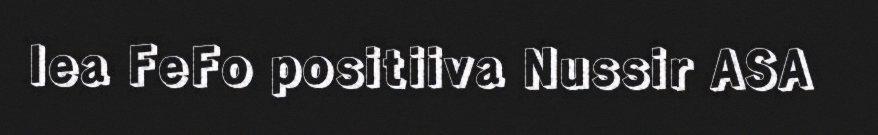
lea FeFo positiiva Nussir ASA